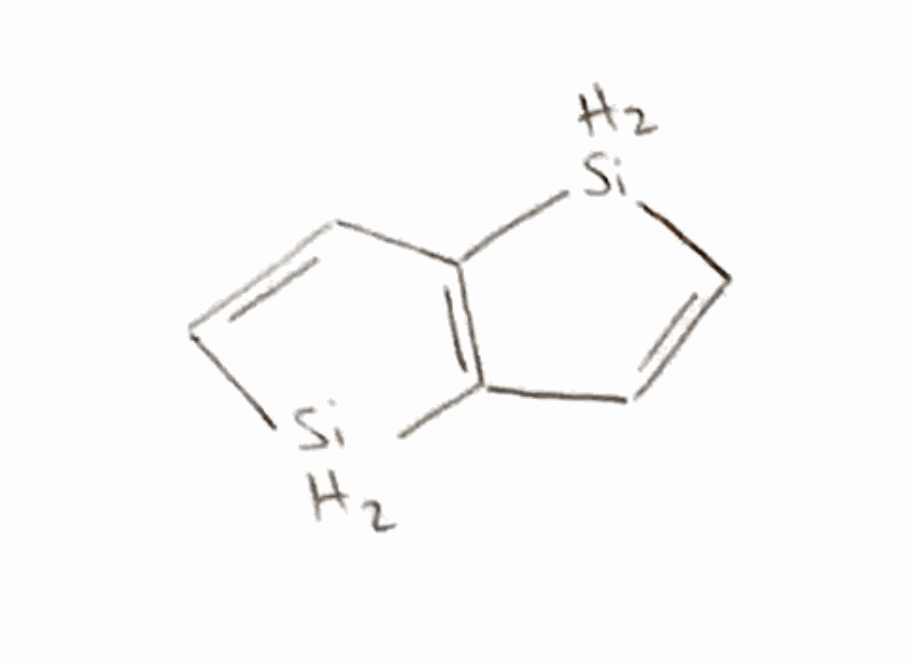
Simplified molecular-input line-entry system (SMILES) notation of the given molecule:
C1=C[SiH2]C2=C1[SiH2]C=C2